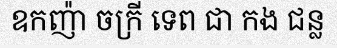
ឧកញ៉ា ចក្រី ទេព ជា កង ជន្ល